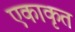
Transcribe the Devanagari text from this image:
एकाकृत